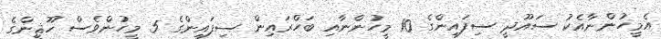
އެމީހުންނާއެކު ސައޫދީ ސިފައިންގެ 10 މީހުންނާއި ބަހްރައިން ސިފައިންގެ 5 މީހުންވެސް ހޫޘީންގެ